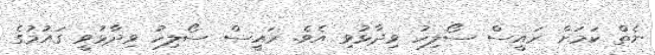
ނެތް ކަމަށް ރައީސް ސޯލިހު ވިދާޅުވި އެވެ. ރައީސް ސޯލިހު ވިދާޅުވީ ގައުމުގެ